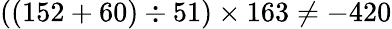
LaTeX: ((152+60)\div 51)\times 163\neq-420